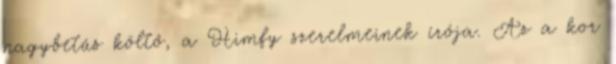
nagybetűs költő, a Himfy szerelmeinek írója. Az a kor